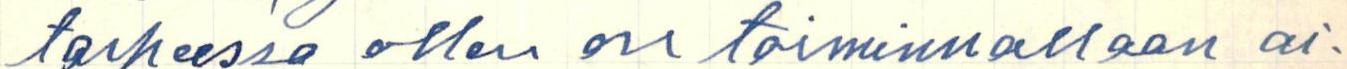
tarpeessa ollen on toiminnallaan ai-